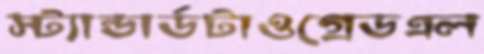
স্ট্যান্ডার্ডটাওগ্রেডএল